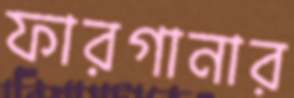
ফারগানার